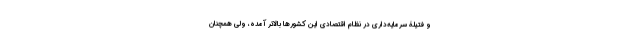
و فتیلۀ سرمایه‌داری در نظام اقتصادی این کشورها بالاتر آمده، ولی همچنان